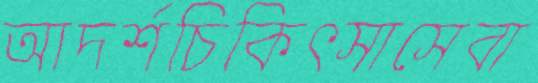
আদর্শচিকিৎসাসেবা